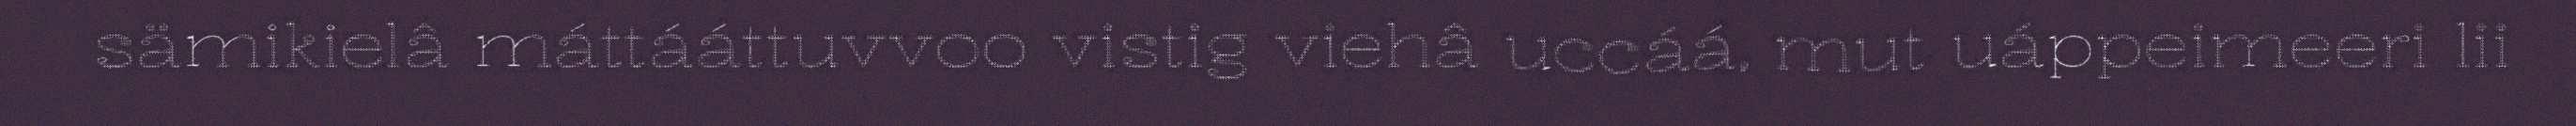
sämikielâ máttááttuvvoo vistig viehâ uccáá, mut uáppeimeeri lii